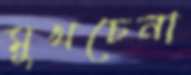
মুখচেনা